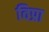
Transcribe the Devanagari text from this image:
विप्रा